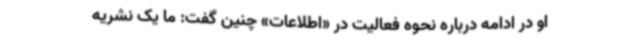
او در ادامه درباره نحوه فعالیت در «اطلاعات» چنین گفت: ما یک نشریه